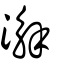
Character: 澥